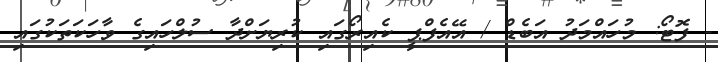
- ފޮޓޯ: މުހައްމަދު އަބެޑް / އޭއެފްޕީ ކެއިރޯގައި ކުރިޔަށްދާ ސުލްހައިގެ ވާހަކަތަކުގައި